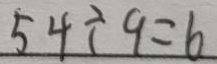
5 4 \div 9 = 6